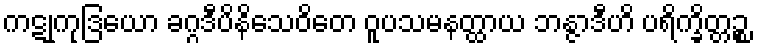
ကဋုကုဒြယော ခဂ္ဂဒီပိနိသေဝိတေ ဝူပသမနတ္ထာယ ဘန္ဇာဒီဟိ ပရိက္ခိတ္တဉ္စ